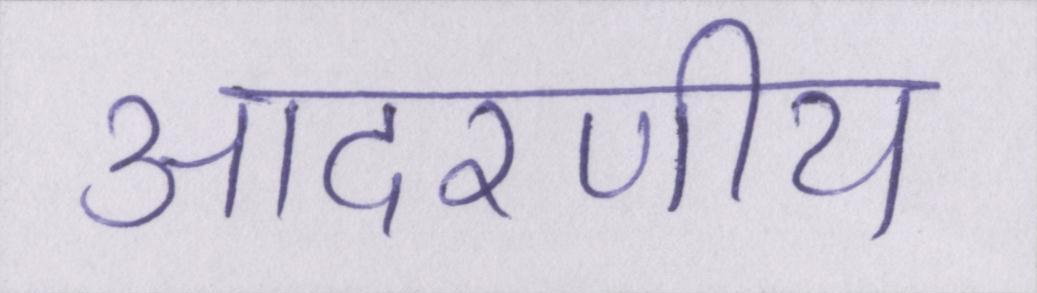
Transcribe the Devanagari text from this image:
आदरणीय